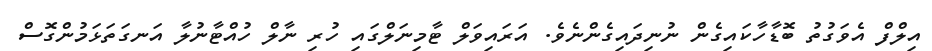
އިލްފް އެވަގުތު ބޮޑާހާކައިގެން ނުނިދައިގެންނެވެ. އަރައިވަލް ޓާމިނަލްގައި ހުރި ނާލް ހުއްޓާނުލާ އަނގަތަޅަމުންގޮސް